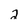
Character: 2